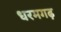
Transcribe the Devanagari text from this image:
धरमगढ़